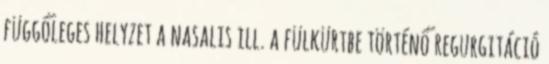
függőleges helyzet a nasalis ill. a fülkürtbe történő regurgitáció